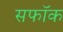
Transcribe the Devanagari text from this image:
सफॉक